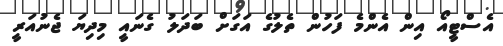
އެސްޓީއޯ އިން އެންމެ ފަހުން ތެލުގެ އަގަށް ބަދަލު ގެނައީ މިދިޔަ ޖެނުއަރީ